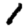
Digit: 1